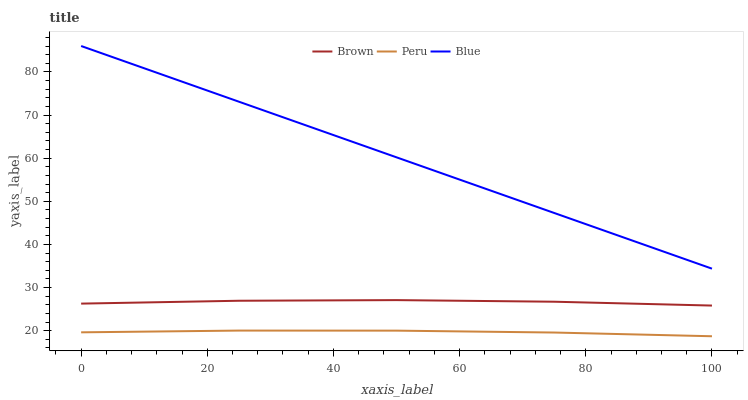
| xaxis_label | Brown | Peru | Blue |
 | --- | --- | --- | --- |
 | 0 | 26.3 | 19.6 | 86 |
 | 25 | 27 | 20 | 73.1 |
 | 50 | 27.1 | 20 | 60.2 |
 | 75 | 26.7 | 19.6 | 47.3 |
 | 100 | 25.8 | 18.7 | 34.4 |